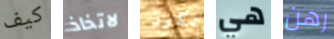
كيف لاتخاذ تكون هي رهن